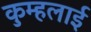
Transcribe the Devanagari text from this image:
कुम्हलाई